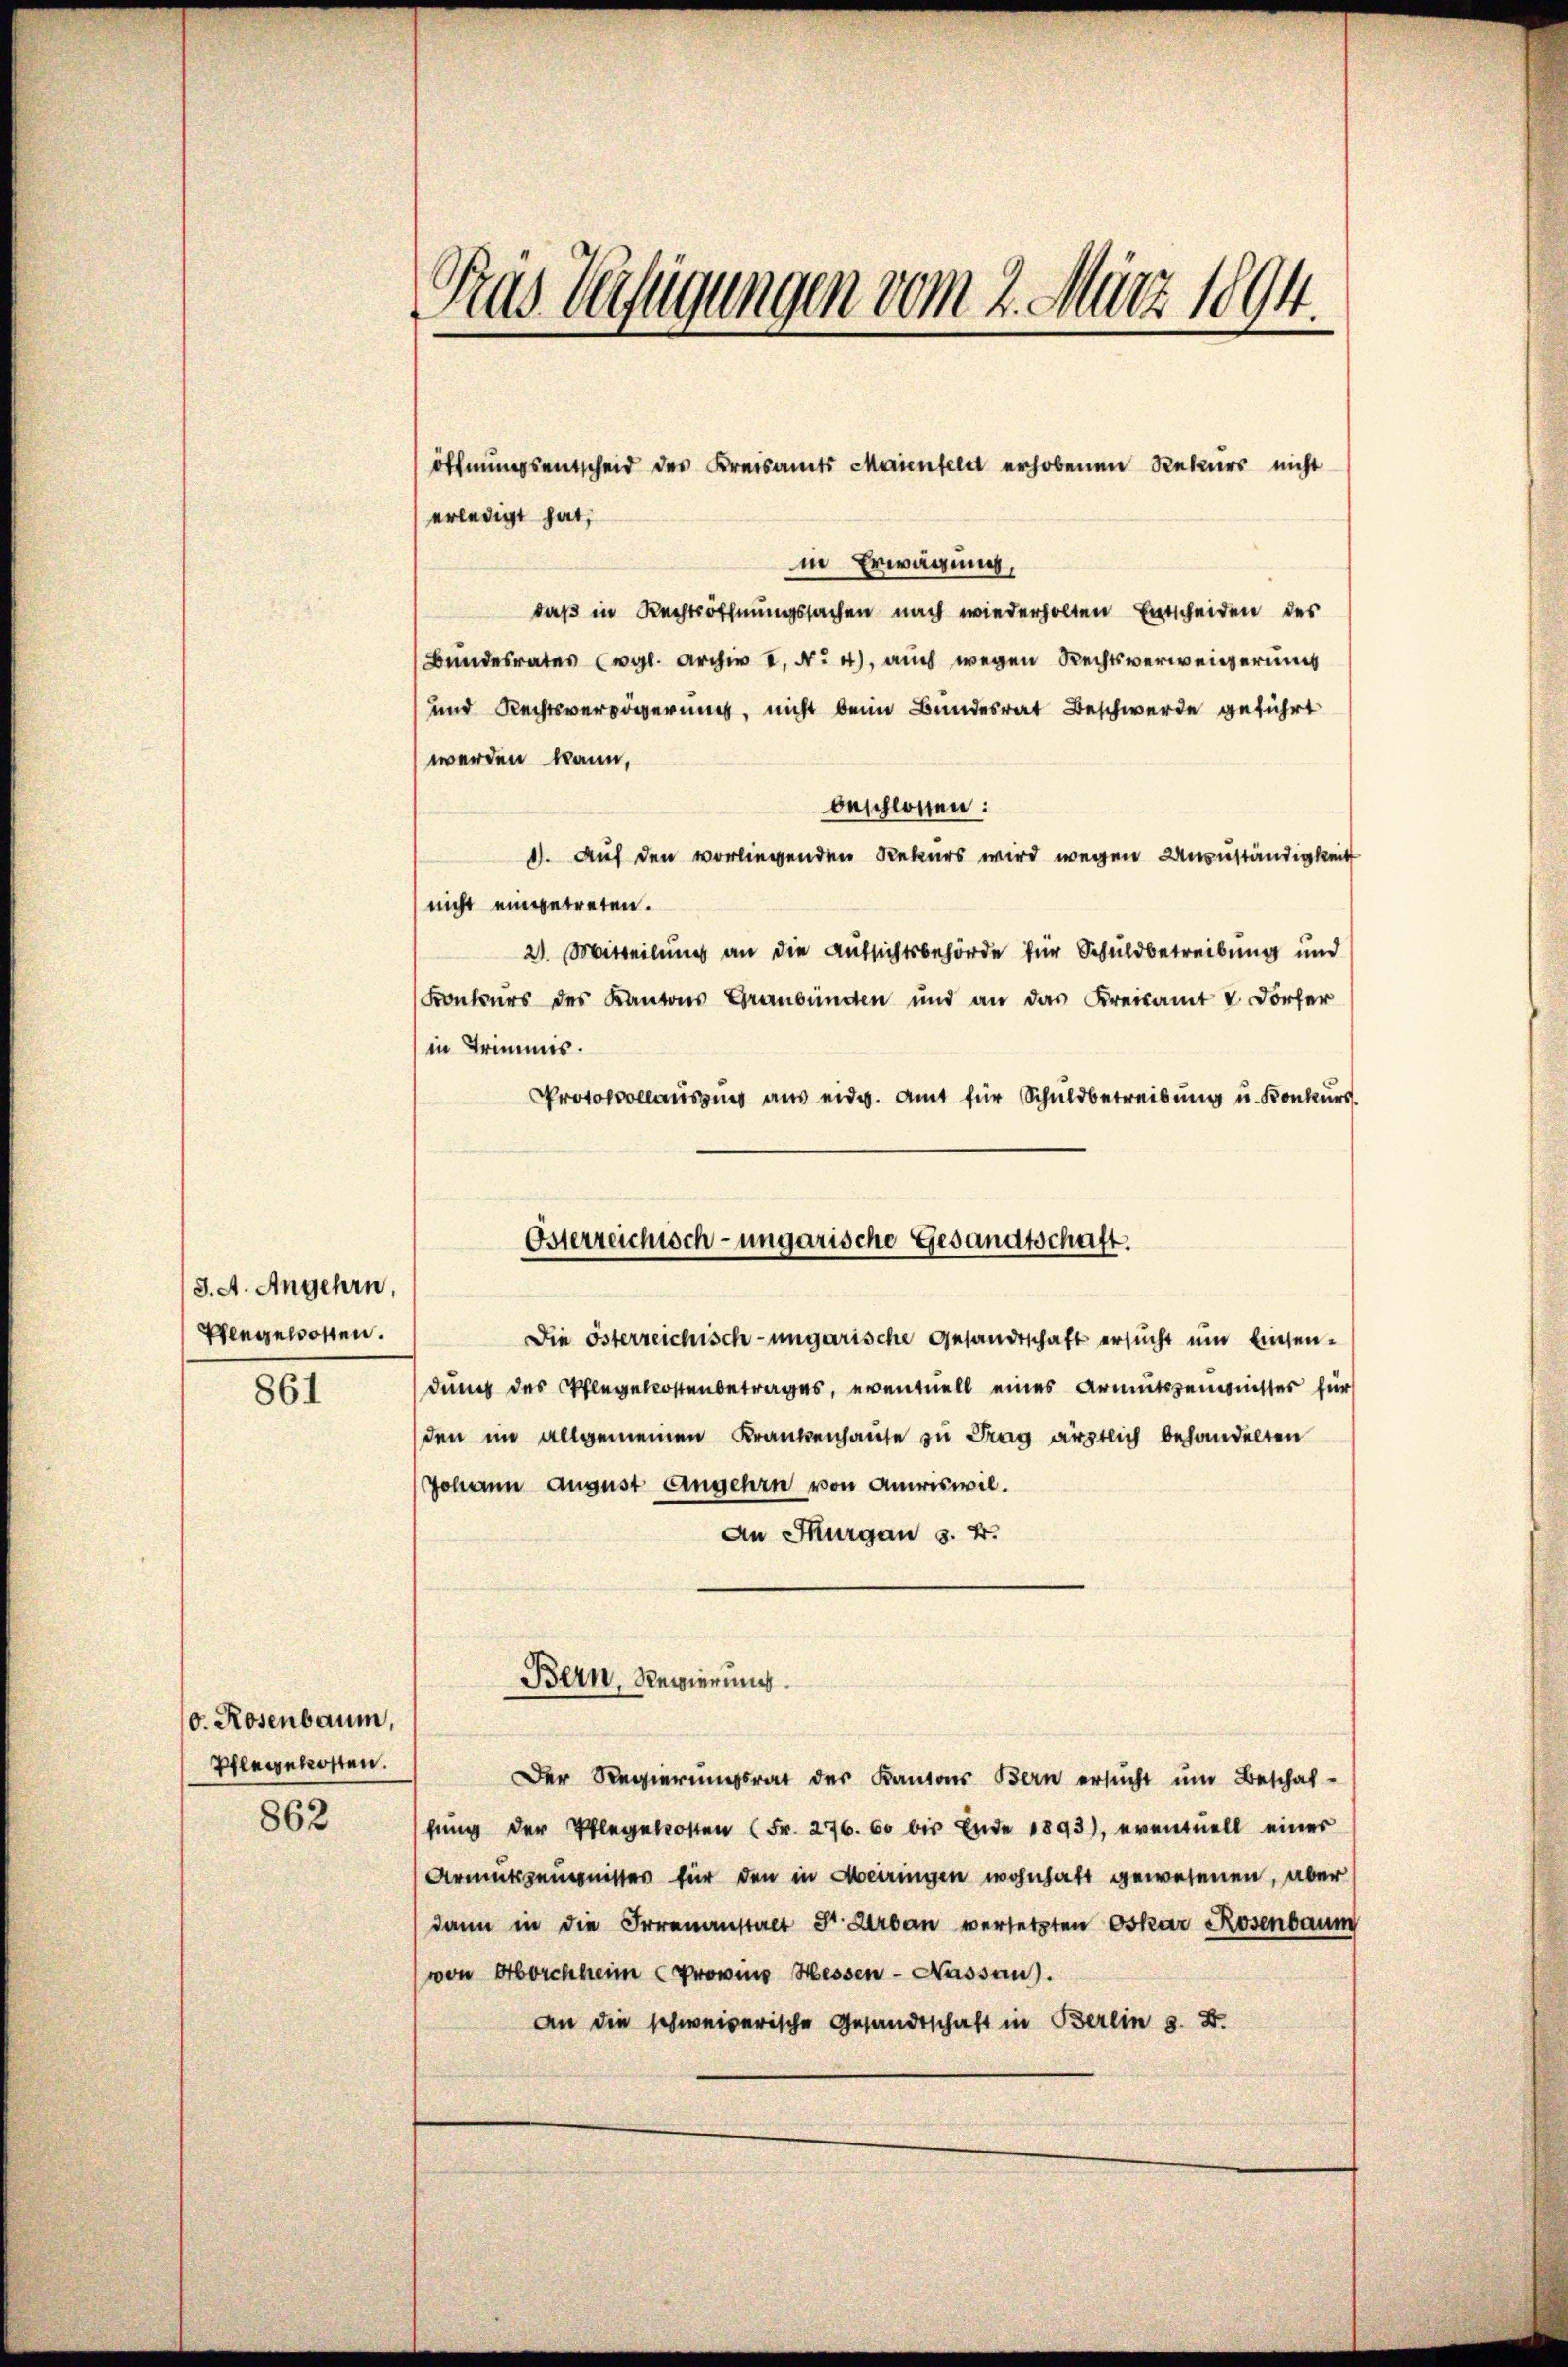
J. A. Angehen,
Pflegelosten.
861

v. Rosenbaum,
Pflegekosten.
862

Pras Verfügungen vom 2. März 1894.

erledigt hat,
in Erwägung,
daß in Rechtsöffnungssachen nach wiederholten Entscheiden des
Bundesrates (vgl. Archiv I, No 4), auch wegen Rechtsverweigerung
und Rechtsverzögerung, nicht beim Bundesrat Beschwerde geführt
werden kann,
beschlossen:
1). Auf den vorliegenden Rekurs wird wegen Unzuständigkeit
nicht eingetreten.
21. Mitteilung an die Aufsichtsbehörde für Schuldbetreibung und
Konkurs des Kantons Graubünden und an das Kreisamt V Dörfer
in Trimmis.
Protokollausung aus eidg. Amt für Schuldbetreibung u. Konkurs

Die österreichisch-ungarische Gesandtschaft ersucht um Einsendung des Pflegekostenbetrages, eventuell eines Armutszeugnisses für
den im allgemeinen Krankenhause zu Prag ärztlich behandelten
Johann august Angehrn von Amriswil.
An Thurgau s. B.
Der Regierungsrat der Kantons Bern ersŭcht um Beschaf-
fung der Pflegekosten (Fr. 276. 60 bis Ende 1893), eventuell einer
Armutszeugnisses für den in Meiringen wohnhaft gewesenen, aber
dann in die Irrenanstalt St. Urban versetzten Oskar Rosenbaum
von Aborchheim Provinz Hessen - Nassau).
an die schweizerische Gesandtschaft in Berlin s. Z.

Osterreichisch-ungarische Gesandtschaft.

Bern, Regierung.

öffnungsentscheid des Kreisamts Maienfeld erhobenen Rekurs nicht